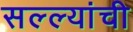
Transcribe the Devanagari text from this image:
सल्ल्यांची